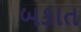
બકાત